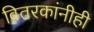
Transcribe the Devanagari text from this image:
वितरकांनीही